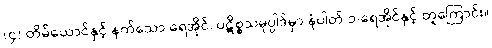
(၄) တိမ်ယောင်နှင့် နက်သော ရေအိုင်၊ ပဋိစ္စသမုပ္ပါဒ်မှာ နံပါတ် ၁-ရေအိုင်နှင့် တူကြောင်း။